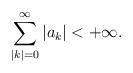
LaTeX: \begin{align*} \sum\limits_{|k|=0}^{\infty}|a_k|<+\infty. \end{align*}